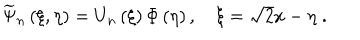
LaTeX: \widetilde { \Psi } _ { n } \left( \xi , \eta \right) = U _ { n } \left( \xi \right) \Phi \left( \eta \right) , \quad \xi = \sqrt { 2 } x - \eta \; .